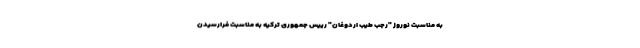
به مناسبت نوروز "رجب طیب اردوغان" رییس جمهوری ترکیه به مناسبت فرارسیدن